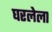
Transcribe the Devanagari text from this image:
घरलेला